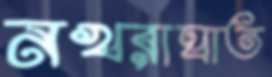
নখরাঘাত